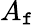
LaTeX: A_{\mathtt{f}}